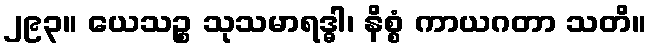
၂၉၃။ ယေသဉ္စ သုသမာရဒ္ဓါ၊ နိစ္စံ ကာယဂတာ သတိ။